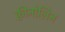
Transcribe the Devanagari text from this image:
क्वीनोलिन